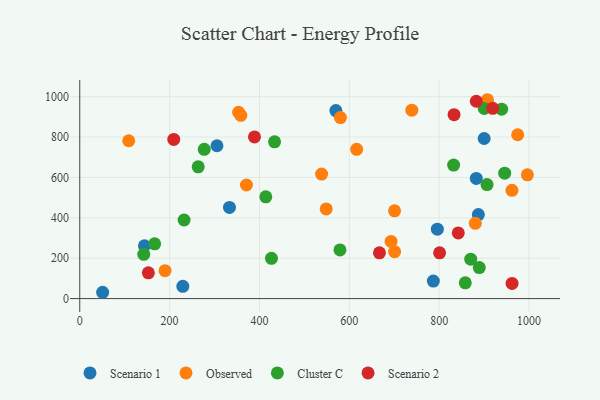
{"axis": {"x": "Price", "y": "Demand"}, "legend": ["Cluster C", "Observed", "Scenario 1", "Scenario 2"], "data": [{"x": "333.2", "y": 451.7, "type": "Scenario 1"}, {"x": "882.6", "y": 595.5, "type": "Scenario 1"}, {"x": "305.4", "y": 757.1, "type": "Scenario 1"}, {"x": "887.2", "y": 416.4, "type": "Scenario 1"}, {"x": "900.1", "y": 793.1, "type": "Scenario 1"}, {"x": "50.9", "y": 31.3, "type": "Scenario 1"}, {"x": "229.4", "y": 61.0, "type": "Scenario 1"}, {"x": "787.0", "y": 86.6, "type": "Scenario 1"}, {"x": "144.0", "y": 261.5, "type": "Scenario 1"}, {"x": "570.1", "y": 931.2, "type": "Scenario 1"}, {"x": "795.9", "y": 343.9, "type": "Scenario 1"}, {"x": "974.7", "y": 811.7, "type": "Observed"}, {"x": "996.3", "y": 613.3, "type": "Observed"}, {"x": "692.9", "y": 283.1, "type": "Observed"}, {"x": "109.0", "y": 782.0, "type": "Observed"}, {"x": "962.0", "y": 536.2, "type": "Observed"}, {"x": "880.4", "y": 372.7, "type": "Observed"}, {"x": "907.0", "y": 972.0, "type": "Observed"}, {"x": "700.7", "y": 434.8, "type": "Observed"}, {"x": "358.5", "y": 907.8, "type": "Observed"}, {"x": "371.0", "y": 562.7, "type": "Observed"}, {"x": "907.3", "y": 985.1, "type": "Observed"}, {"x": "353.5", "y": 923.0, "type": "Observed"}, {"x": "739.1", "y": 933.3, "type": "Observed"}, {"x": "538.3", "y": 616.7, "type": "Observed"}, {"x": "189.8", "y": 138.1, "type": "Observed"}, {"x": "548.5", "y": 444.0, "type": "Observed"}, {"x": "616.3", "y": 739.4, "type": "Observed"}, {"x": "580.2", "y": 896.9, "type": "Observed"}, {"x": "700.8", "y": 232.3, "type": "Observed"}, {"x": "858.1", "y": 78.1, "type": "Cluster C"}, {"x": "889.2", "y": 153.8, "type": "Cluster C"}, {"x": "900.3", "y": 942.0, "type": "Cluster C"}, {"x": "870.2", "y": 195.3, "type": "Cluster C"}, {"x": "579.2", "y": 241.1, "type": "Cluster C"}, {"x": "142.5", "y": 219.4, "type": "Cluster C"}, {"x": "166.7", "y": 271.5, "type": "Cluster C"}, {"x": "906.5", "y": 565.0, "type": "Cluster C"}, {"x": "232.2", "y": 389.4, "type": "Cluster C"}, {"x": "414.1", "y": 504.1, "type": "Cluster C"}, {"x": "832.1", "y": 661.6, "type": "Cluster C"}, {"x": "433.6", "y": 776.7, "type": "Cluster C"}, {"x": "945.8", "y": 621.5, "type": "Cluster C"}, {"x": "426.7", "y": 199.3, "type": "Cluster C"}, {"x": "263.6", "y": 652.8, "type": "Cluster C"}, {"x": "939.0", "y": 938.5, "type": "Cluster C"}, {"x": "277.1", "y": 739.4, "type": "Cluster C"}, {"x": "152.7", "y": 127.6, "type": "Scenario 2"}, {"x": "209.2", "y": 788.5, "type": "Scenario 2"}, {"x": "882.6", "y": 977.5, "type": "Scenario 2"}, {"x": "667.1", "y": 226.9, "type": "Scenario 2"}, {"x": "800.9", "y": 226.6, "type": "Scenario 2"}, {"x": "388.9", "y": 800.8, "type": "Scenario 2"}, {"x": "919.1", "y": 942.5, "type": "Scenario 2"}, {"x": "833.1", "y": 911.1, "type": "Scenario 2"}, {"x": "962.2", "y": 75.3, "type": "Scenario 2"}, {"x": "842.5", "y": 325.3, "type": "Scenario 2"}]}